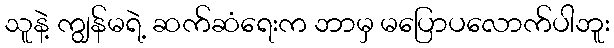
သူနဲ့ ကျွန်မရဲ့ ဆက်ဆံရေးက ဘာမှ မပြောပလောက်ပါဘူး